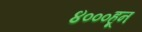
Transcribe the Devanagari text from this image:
४०००हून